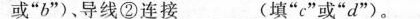
或”b”)、导线②连接 ___(填”c”或”d”)。